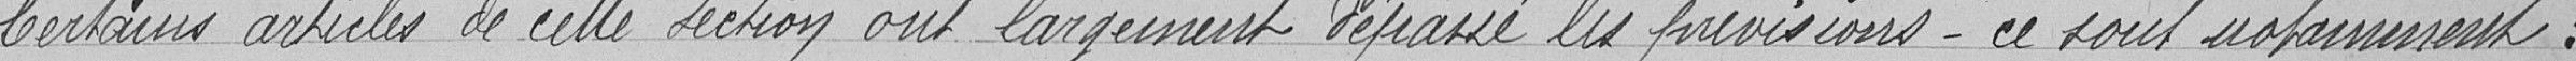
Certains articles de cette section ont largement dépassé les prévisions. Ceux sont notamment :